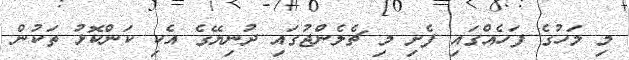
މި މަަހުގެ ފަހެއްގައި ފެށި މި ޗެލެންޖުގައި ދުނިޔޭގެ އެކި ކަންކޮޅު ތަކުން